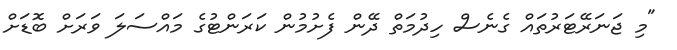
"މި ޖަނަރޭޓަރުތައް ގެނެސް ހިދުމަތް ދޭން ފެށުމުން ކަރަންޓުގެ މައްސަލަ ވަރަށް ބޮޑަށް